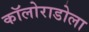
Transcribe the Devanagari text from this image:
कॉलोराडोला